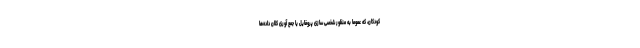
کودکان، که عموماً به منظور شخصی سازی پروفایل یا جمع آوری کلان داده‌ها